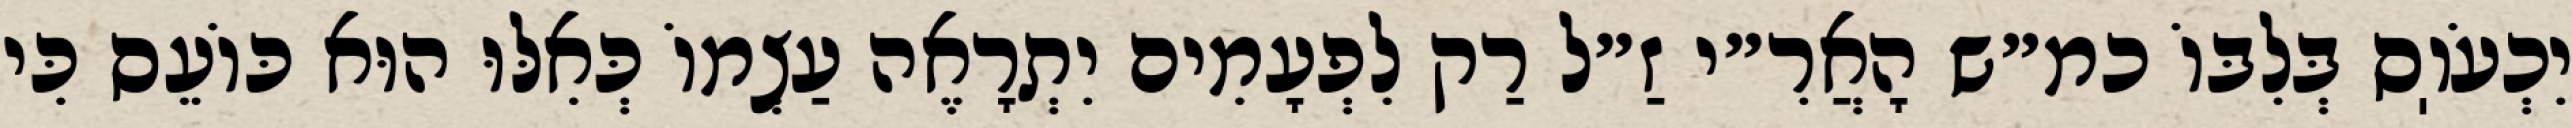
יִכְעֹוֽס בְּלִבּוֹ כמ״ש הָאֲרִ״י זַ״ל רַק לִפְעָמִים יִתְרָאֶה עַצְמוֹ כְּאִלּוּ הוּא כּוֹעֵס כִּי